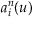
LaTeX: a _ { i } ^ { n } ( u )